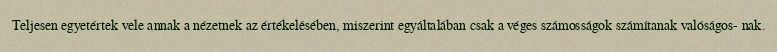
Teljesen egyetértek vele annak a nézetnek az értékelésében, miszerint egyáltalában csak a véges számosságok számítanak valóságos- nak.